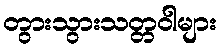
တွားသွားသတ္တဝါများ